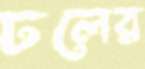
ঢলের